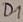
Text: D1